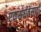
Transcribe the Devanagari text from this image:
एकसंघतेसाठी